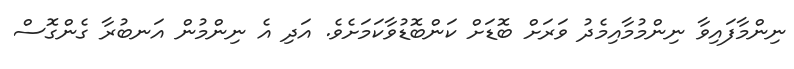
ނިންމާފައިވާ ނިންމުމާއިމެދު ވަރަށް ބޮޑަށް ކަންބޮޑުވާކަމަށެވެ. އަދި އެ ނިންމުން އަނބުރާ ގެންގޮސް